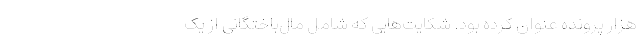
هزار پرونده عنوان کرده بود. شکایت‌هایی که شامل مال‌باختگانی از یک